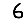
Digit: 6